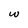
Character: w